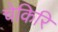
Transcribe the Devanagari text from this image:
चेकिरि